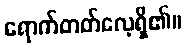
ရောက်တတ်လေ့ရှိ၏။